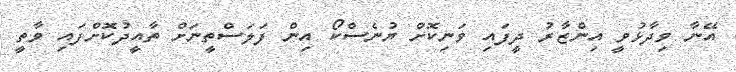
އޭނާ ވިދާޅުވީ އިންޒާރު ދީފައި ވަނިކޮށް ޔުނެސްކޯ އިން ފަލަސްތީނަށް ތާއީދުކޮށްފައި ވާތީ